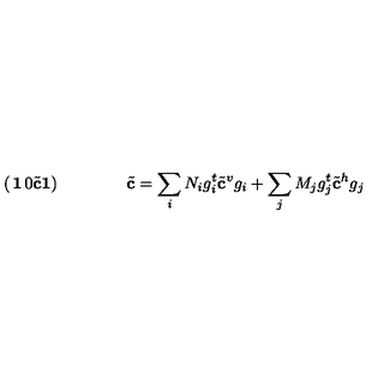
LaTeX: \left( \begin{matrix} { { \bf 1 } } & { 0 } \\ { { \tilde { \bf c } } } & { { \bf 1 } } \\ \end{matrix} \right) \qquad \qquad { \tilde { \bf c } } = \sum _ { i } N _ { i } g _ { i } ^ { t } { \tilde { \bf c } } ^ { v } g _ { i } + \sum _ { j } M _ { j } g _ { j } ^ { t } { \tilde { \bf c } } ^ { h } g _ { j }